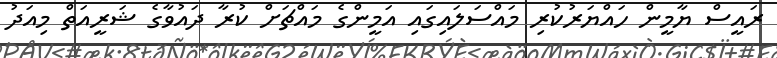
ރައީސް ޔާމީން ހައްޔަރުކުރި މައްސަލައިގައި އަމީންގެ މައްޗަށް ކުރާ ދައުވާގެ ޝަރީއަތް މިއަދު